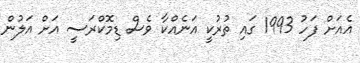
އެއަށް ފަހު 1993 ގައި ތުރުކީ އަނެއްކާ ވެސް ޑިމޮކްރަސީ އަށް އަލުން